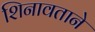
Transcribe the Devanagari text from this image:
शिनावताने